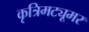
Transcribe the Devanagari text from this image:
कृत्रिमट्यूमर